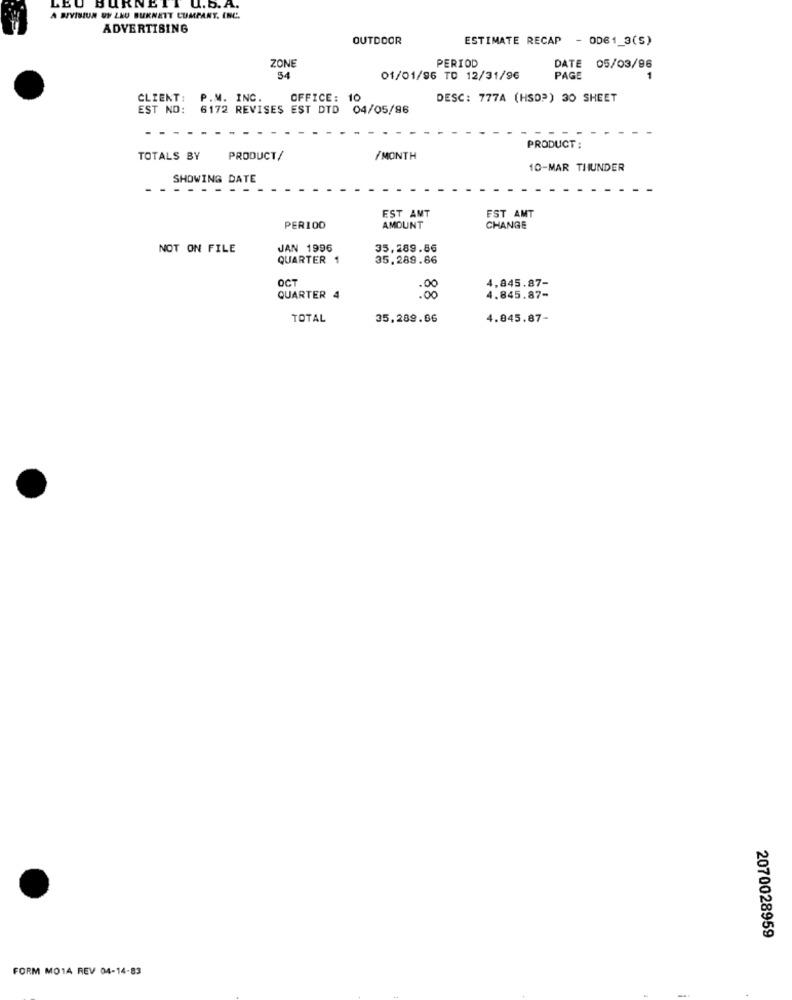
LEO
URNE
.D. A
A SIVISIUN UF LEO BURNETT CUMPANY, INC.
ADVERTISING
OUTDOOR
ESTIMATE RECAP
- OD61_3(S)
ZONE
PERIOD
DATE 05/03/96
54
01/01/96 TO 12/31/96
PAGE
CLIENT:
P.M. INC.
OFFICE: 10
DESC: 777A (HSD3) 30 SHEET
EST NO:
6172 REVISES EST DTD 04/05/96
PRODUCT:
TOTALS BY
PRODUCT/
/MONTH
10-MAR THUNDER
SHOWING DATE
EST AMT
EST AMT
PER100
AMOUNT
CHANGE
NOT ON FILE
JAN 1996
35,289.86
QUARTER 1
35.289.66
OCT
.00
4,845.87-
QUARTER 4
.00
4.845.87-
TOTAL
35,289.66
4.845.87-
2070028959
FORM MO14 REV 04-14-83